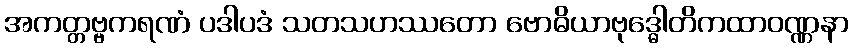
အကတ္တဗ္ဗကရဏံ ပဒါပဒံ သတသဟဿတော ဗောဓိယာဗုဒ္ဓေါတိကထာဝဏ္ဏနာ